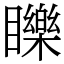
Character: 䁻